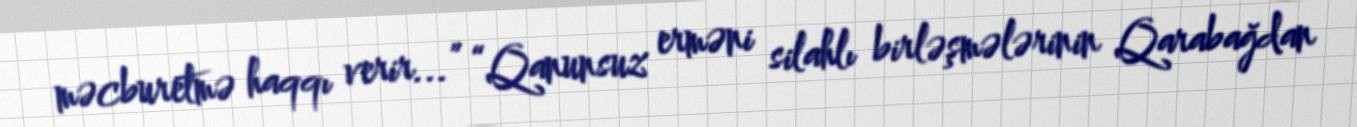
məcburetmə haqqı verir...” “Qanunsuz erməni silahlı birləşmələrinin Qarabağdan